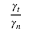
\frac { \gamma _ { t } } { \gamma _ { n } }